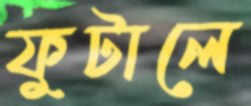
ফুটালে